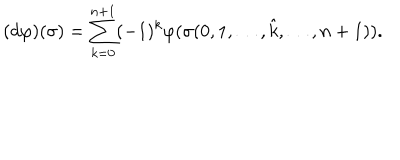
( d \varphi ) ( \sigma ) = \sum _ { k = 0 } ^ { n + 1 } ( - 1 ) ^ { k } \varphi ( \sigma ( 0 , 1 , \dots , \hat { k } , \dots , n + 1 ) ) .